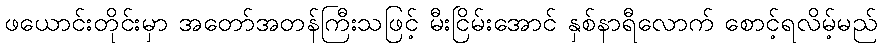
ဖယောင်းတိုင်းမှာ အတော်အတန်ကြီးသဖြင့် မီးငြိမ်းအောင် နှစ်နာရီလောက် စောင့်ရလိမ့်မည်